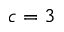
c = 3